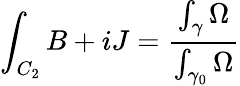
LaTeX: \int_{C_{2}}B+iJ={\frac{\int_{\gamma}\Omega}{\int_{\gamma_{0}}\Omega}}